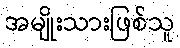
အမျိုးသားဖြစ်သူ